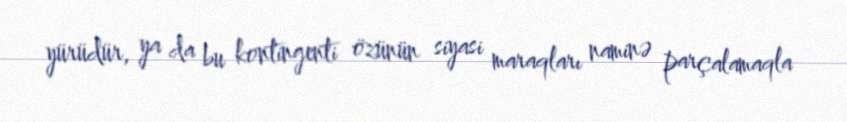
yürüdür, ya da bu kontingenti özünün siyasi maraqları naminə parçalamaqla